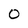
Character: 0